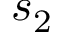
s _ { 2 }